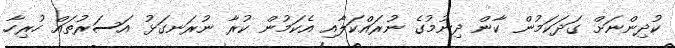
ކުދިންނަށް ގަދަކަމުން ކާން ދިނުމުގެ ނުރައްކަލާއި އެކަމުން ކުރާ ނުރަނގަޅު އަސަރުތައް ހުރިހާ